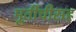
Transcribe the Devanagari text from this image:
मूर्तीचीसह